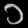
Digit: ၁